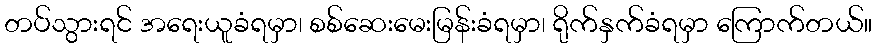
တပ်သွားရင် အရေးယူခံရမှာ၊ စစ်ဆေးမေးမြန်းခံရမှာ၊ ရိုက်နှက်ခံရမှာ ကြောက်တယ်။